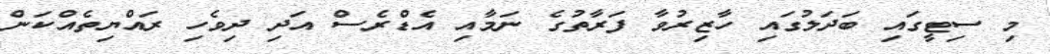
މި ސިޓީގައި ބަދަލުގައި ހާޒިރުވާ ފަރާތުގެ ނަމާއި އެޑްރެސް އަދި ދިވެހި ރައްޔިތެއްކަން